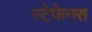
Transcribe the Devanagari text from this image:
स्टेफेनस